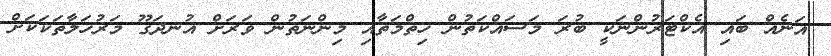
އަނެއް ބައި އެކްޓަރުންނަކީ ބުރަ މަސައްކަތުން ހިތްމަތާއި މިންނަތުން ވަރަށް އުނދަގޫ މަރުހަލާތަކަކަށް